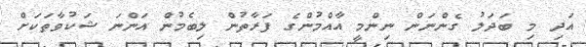
އަދި މި ބަދަލު ގެންނަން ނިންމީ އާއްމުންގެ ފަރާތުން ލިބެމުން އަންނަ ޝަކުވާތަކަށް